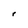
Character: r